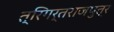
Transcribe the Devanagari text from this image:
त्रिगर्तराजपुत्र